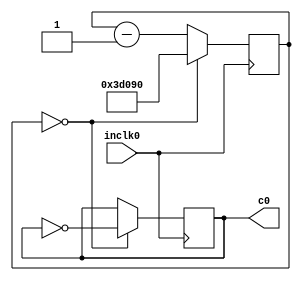
module ClockDivider (inclk0, c0);
	parameter BIT_WIDTH = 32;

	// Implement this yourself
	// Slow down the clock to ensure the cycle is long enough for all operations to execute
	// If you don't, you might get weird errors

	parameter[BIT_WIDTH - 1 : 0] tmin = 32'd250000;

	input	  inclk0;
	output	  c0;

	reg[BIT_WIDTH - 1 : 0] counter;
	reg outclk;

	assign c0 = outclk;

	initial begin
		outclk = 1'b0;
		counter = tmin;
	end

	always @(posedge inclk0) begin
		/*if (rst) begin
			counter <= tmin;
			outclk = 1'b0;
			outlocked = 1'b0;
		end
		else begin*/
			counter <= counter - 32'b1;
			if (counter == 32'b0) begin
				counter <= tmin;
				outclk <= ~outclk;
			end
		//end
	end
endmodule